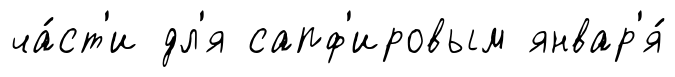
ча́ст'и дл'я сапф'ировым январ'я́